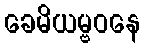
ခေမိယမ္ဗဝနေ